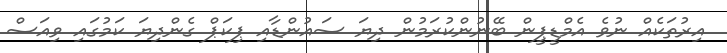
އިރުތަކެއް ނުވެ އެމްޑީޕީން ބޭނުންކުރަމުން ދިޔަ ސައުންޑާއި ޕިކަޕް ގެންދިޔަ ކަމުގައި ވިއަސް